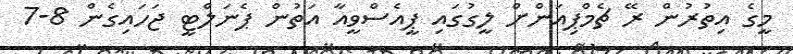
މީގެ އިތުރުން ރޭ ޗެމްޕިއަންށް ލީގުގައި ޕީއެސްވީއާ އަތުން ޕެނަލްޓީ ޖަހައިގެން 8-7